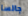
جالسا